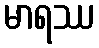
မာရဿ